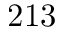
2 1 3